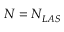
N _ { } = N _ { L A S } ^ { }